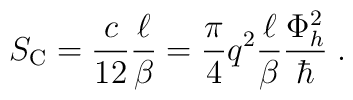
S_{\mbox{\scriptsize C}}=\frac{c}{12}\frac{\ell}{\beta}=\frac{\pi}{4}q^2\frac{\ell}{\beta}\frac{\Phi_h^2}{\hbar}\;.